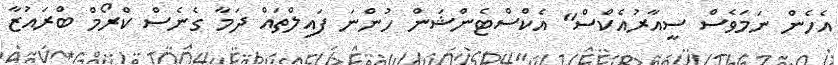
އެހެން ނަމަވެސް ސީއާރުއެކްސް" އެކްސްޓެންޝަން ހުންނަ ފައިލްތައް ދަމާ ގެނެސް ކްރޯމް ބްރައުޒާ